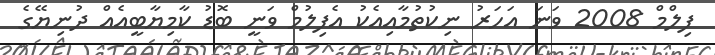
ފިލްމް 2008 ވަނަ އަހަރު ނިކުތުމާއިއެކު އެފިލުމް ވަނީ ބޮޑު ކާމިޔާބީއެއް ދުނިޔޭގެ